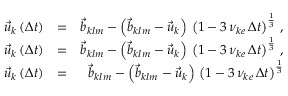
\begin{array} { r l r } { \vec { u } _ { k } \left( \Delta t \right) } & { = } & { \vec { b } _ { k l m } - \left( \vec { b } _ { k l m } - \vec { u } _ { k } \right) \, \left( 1 - 3 \, \nu _ { k e } \, \Delta t \right) ^ { \frac { 1 } { 3 } } \, , } \\ { \vec { u } _ { k } \left( \Delta t \right) } & { = } & { \vec { b } _ { k l m } - \left( \vec { b } _ { k l m } - \vec { u } _ { k } \right) \, \left( 1 - 3 \, \nu _ { k e } \, \Delta t \right) ^ { \frac { 1 } { 3 } } \, , } \\ { \vec { u } _ { k } \left( \Delta t \right) } & { = } & { \vec { b } _ { k l m } - \left( \vec { b } _ { k l m } - \vec { u } _ { k } \right) \, \left( 1 - 3 \, \nu _ { k e } \, \Delta t \right) ^ { \frac { 1 } { 3 } } } \end{array}